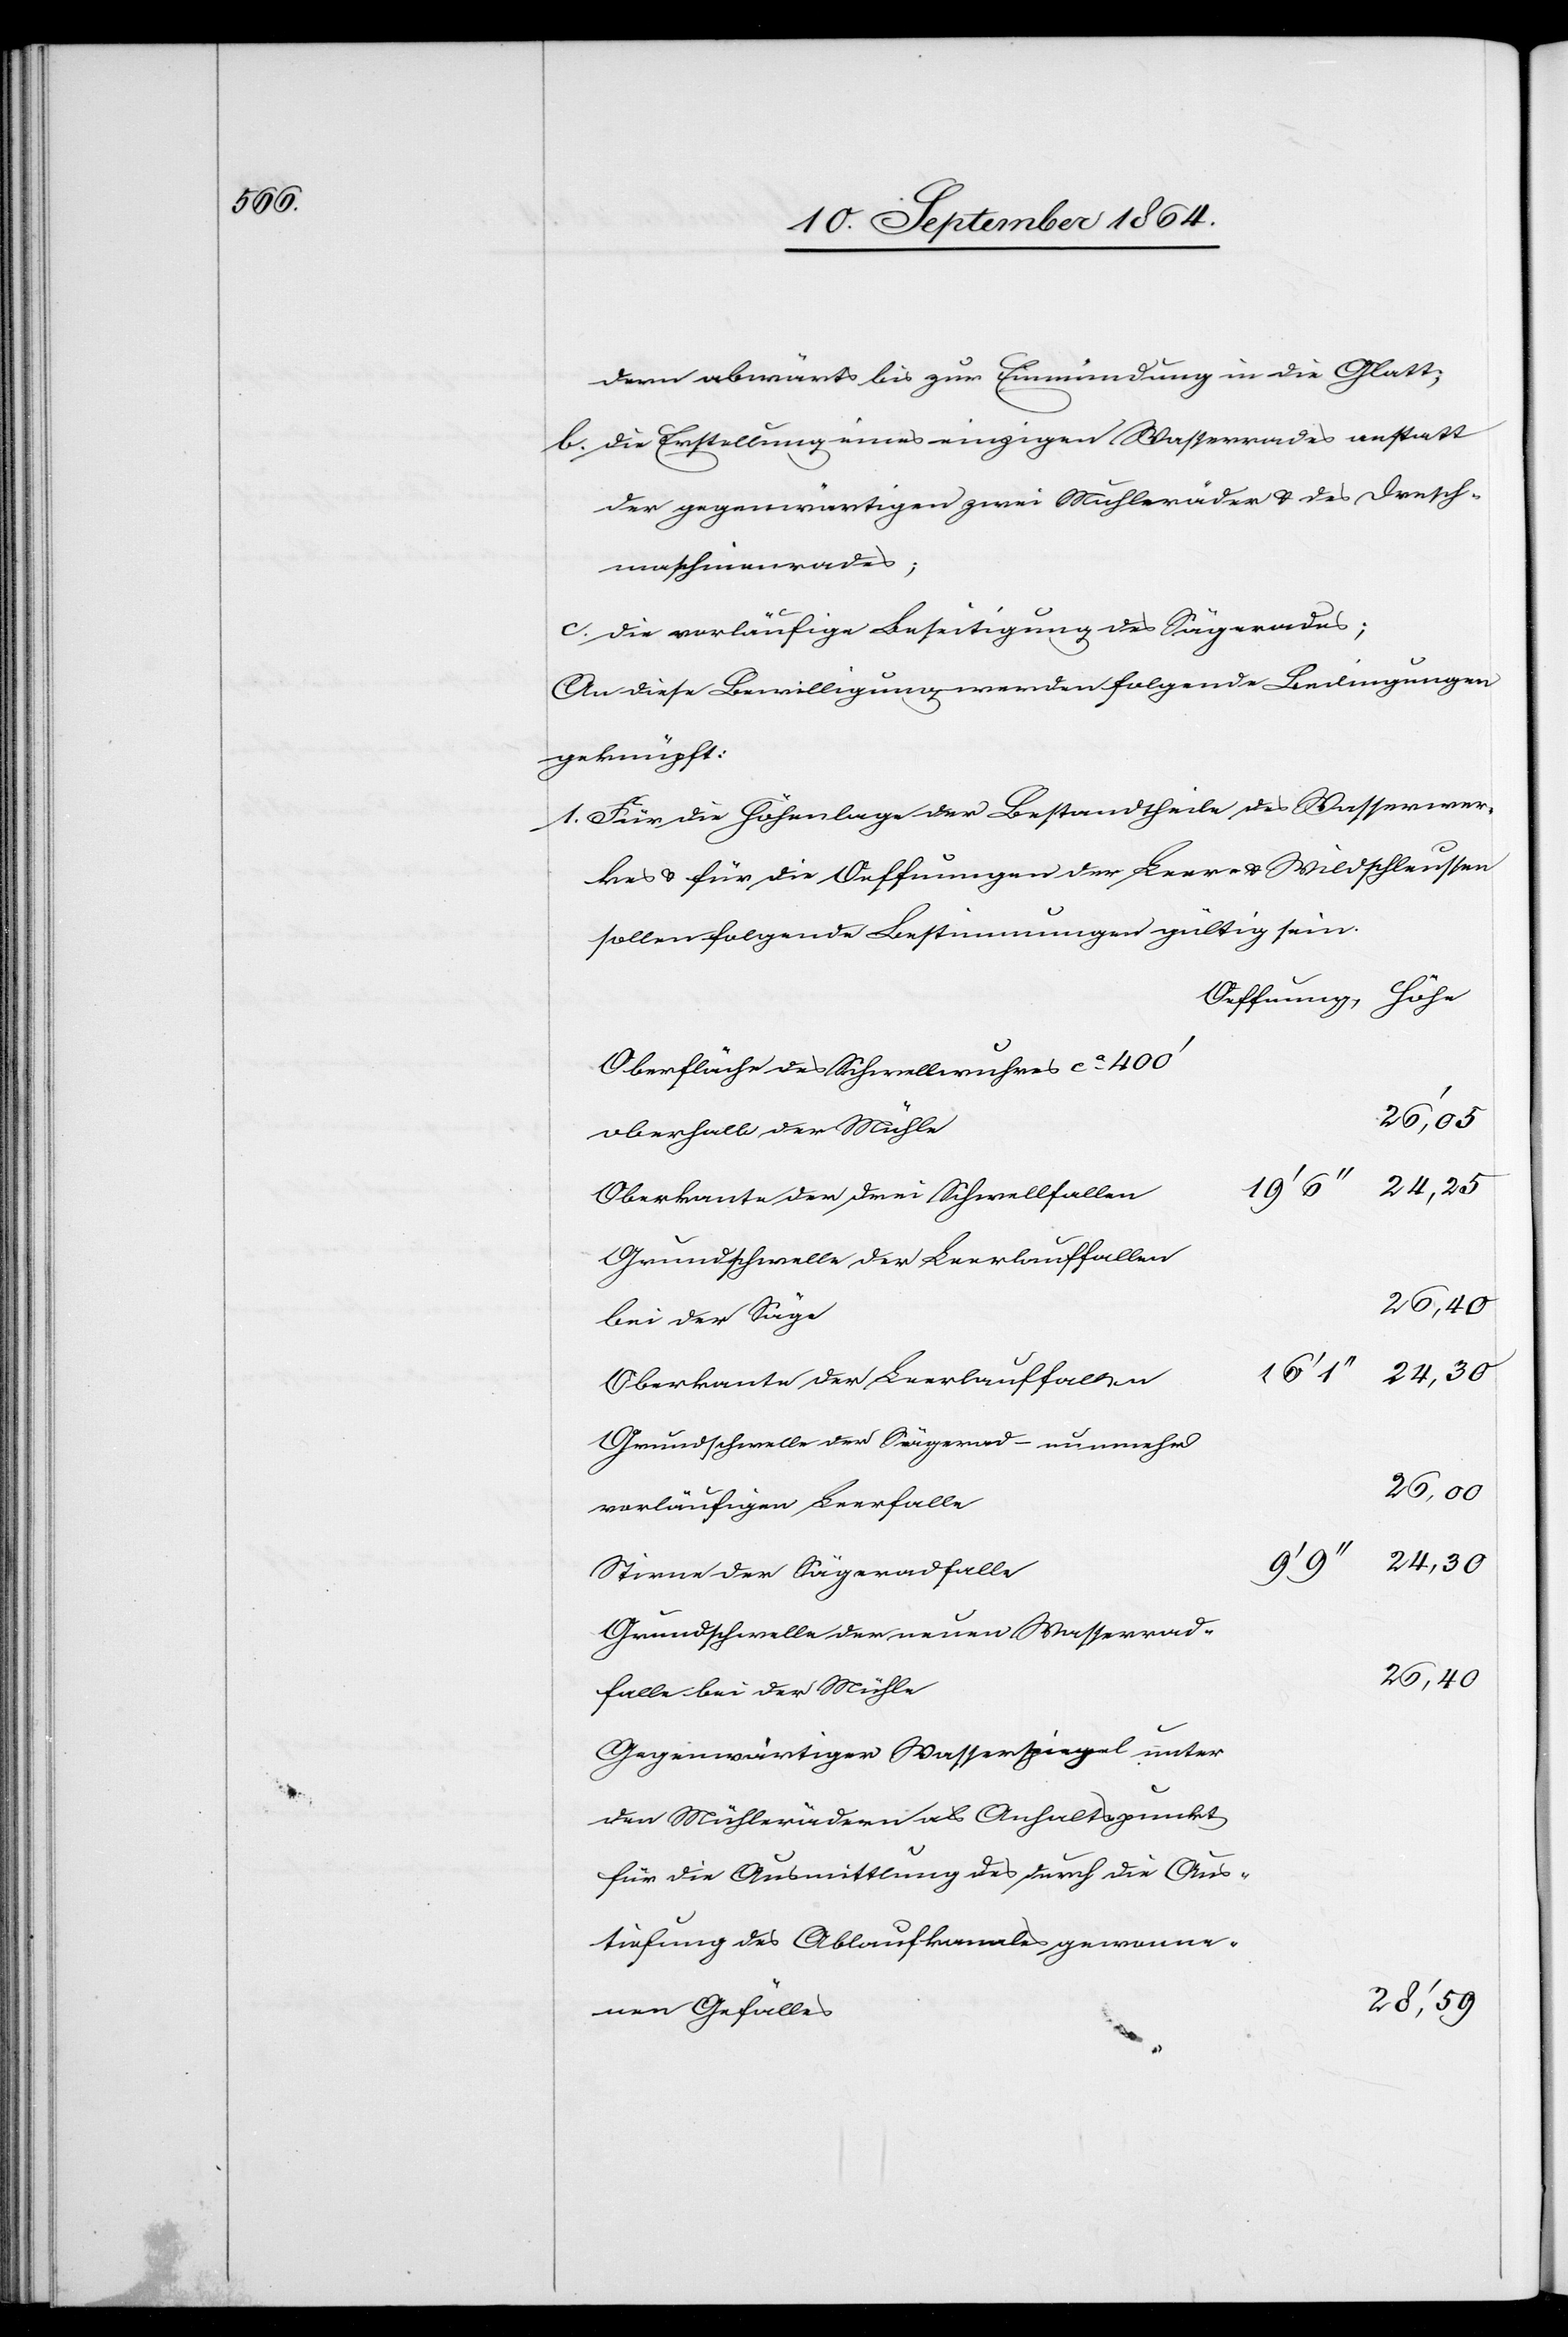
dern abwärts bis zur Einmündung in die Glatt;
b.	die Erstellung eines einzigen Wasserrades anstatt
der gegenwärtigen zwei Mühleräder & des Dresch¬
maschinenrades;
c.	die vorläufige Beseitigung des Sägerades;
An diese Bewilligung werden folgende Bedingungen
geknüpft:
1.	Für die Höhenlage der Bestandtheile des Wasserwer¬
kes & für die Oeffnungen der Leer- & Wildschleussen
sollen folgende Bestimmungen gültig sein:
Oeffnung
Oberfläche des Schwellwuhres ca. 400’
26,00
oberhalb der Mühle
Oberkante der drei Schwellfallen
Grundschwelle der Leerlauffallen
26,40
bei der Säge
24,30
Oberkante der Leerlauffallen
Grundschwelle der Sägerad- nunmehr
vorläufiger Leerfalle
Stirne der Sägeradfalle
Grundschwelle der neuen Wasserrad¬
falle bei der Mühle
Gegenwärtiger Wasserspiegel unter
den Mühlerädern als Anhaltspunkt
für die Ausmittlung des durch die Aus¬
tiefung des Ablaufkanales gewonne¬
28’,59
nen Gefälles